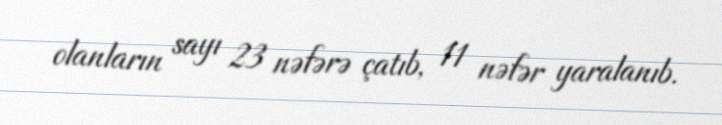
olanların sayı 23 nəfərə çatıb, 11 nəfər yaralanıb.